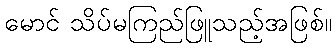
မောင် သိပ်မကြည်ဖြူသည့်အဖြစ်။